Indian Medical Review
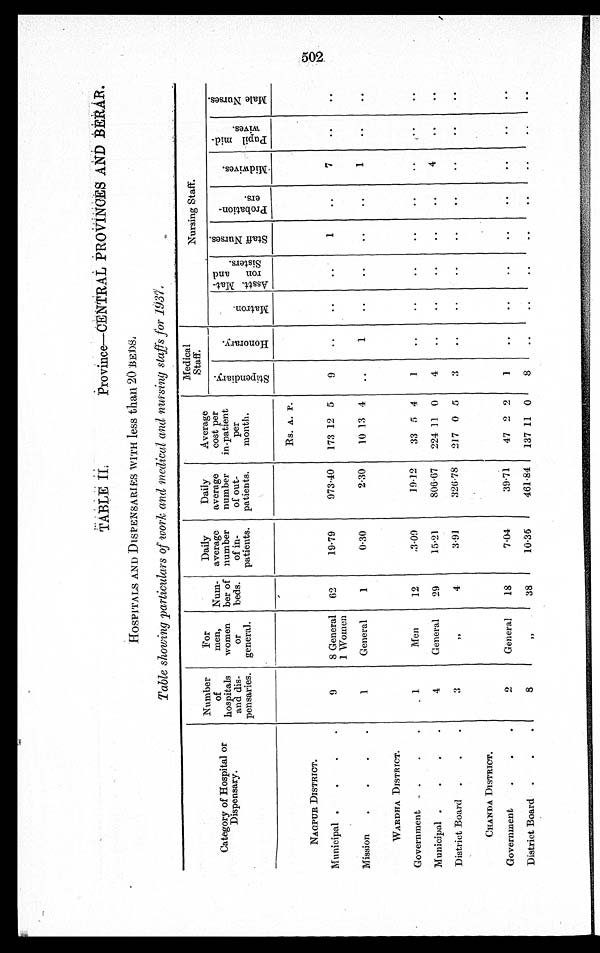
TABLE II. Province—CENTRAL PROVINCES AND BERAR.
HOSPITALS AND D1SPENSARIES WITH less than 20 BEDS.
Table showing particulars of work and medical and nursing staffs for 1937.
Catagory of Hospital or
Dispensary.
Number
of
hospitals
and dis-
pensaries.
For
men,
women
or
general.
Num-
ber of
beds.
Daily
average
number
of in-
patients.
Daily
average
number
of out-
patients.
Average
cost per
in-patient
per
month.
Medical
Staff.
Nursing Staff.
S t i p e n d i a r y .
H o n o r a r y .
M a t r o n
A s s t t . M a t - r o n a n d S i s t e r s .
S t a f f N u r s e s .
P r o b a t i o n - e r s .
M i d w i v e s .
P u p i l m i d - w i v e s
M a l e N u r s e s .
Rs. A. P.
NAGPUR DISTRICT.
Municipal
9
8 General
1 Women
62
19.79
973.40
173 12 5
9
..
..
..
1
..
7
..
..
Mission
1 General
1
0.30
2.30
10 13 4
..
1
..
..
. .
..
1
..
..
WARDHA DISTRICT.
Government
1
Men
12
3.09
19.12
33 5 4
1
..
..
..
. .
..
..
. .
..
Municipal
4
General
29
15.2l
806.67
224 11 0
4
..
..
. .
. .
..
4
..
..
District Board
3
"
4
3.91
326.78 217 0 5
3
..
..
..
..
. .
..
..
..
CHANDA DISTRICT.
Government
2
General
18
7.04
39.71
47 2 2
1
..
..
..
..
..
..
..
..
District Board
8
"
38
10.35
461.84
137 11 0
8
..
..
..
..
..
..
..
..